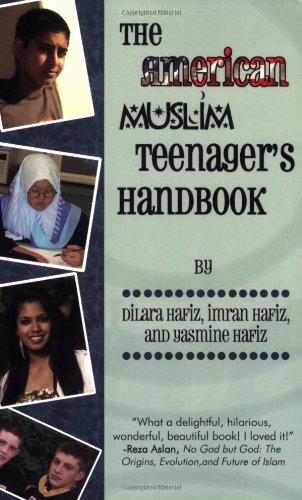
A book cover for The American Muslim Teenager's Handbook; Dilara Hafiz; Teen & Young Adult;